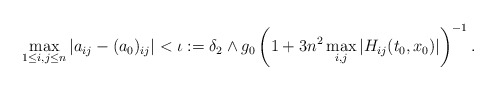
\begin{align*} \max_{1\le i,j\le n} |a_{ij}-(a_0)_{ij}| < \iota := \delta_2\wedge g_0 \left( 1+3n^2\max_{i,j} \left|H_{ij}(t_0,x_0)\right|\right) ^{-1}.\end{align*}